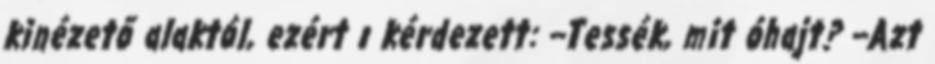
kinézető alaktól, ezért ı kérdezett: --Tessék, mit óhajt? --Azt